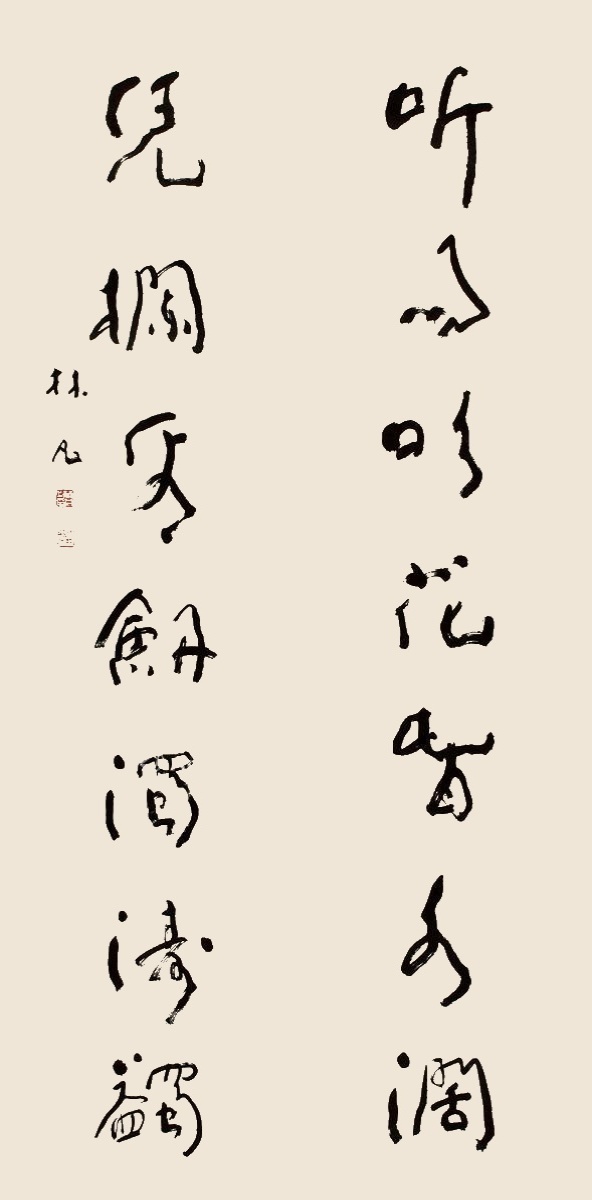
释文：听雨吹花春水阔，凭栏看剑浊涛蠲。林凡。